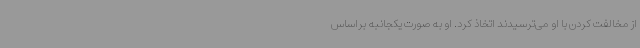
از مخالفت کردن با او می‌ترسیدند اتخاذ کرد. او به صورت یکجانبه براساس